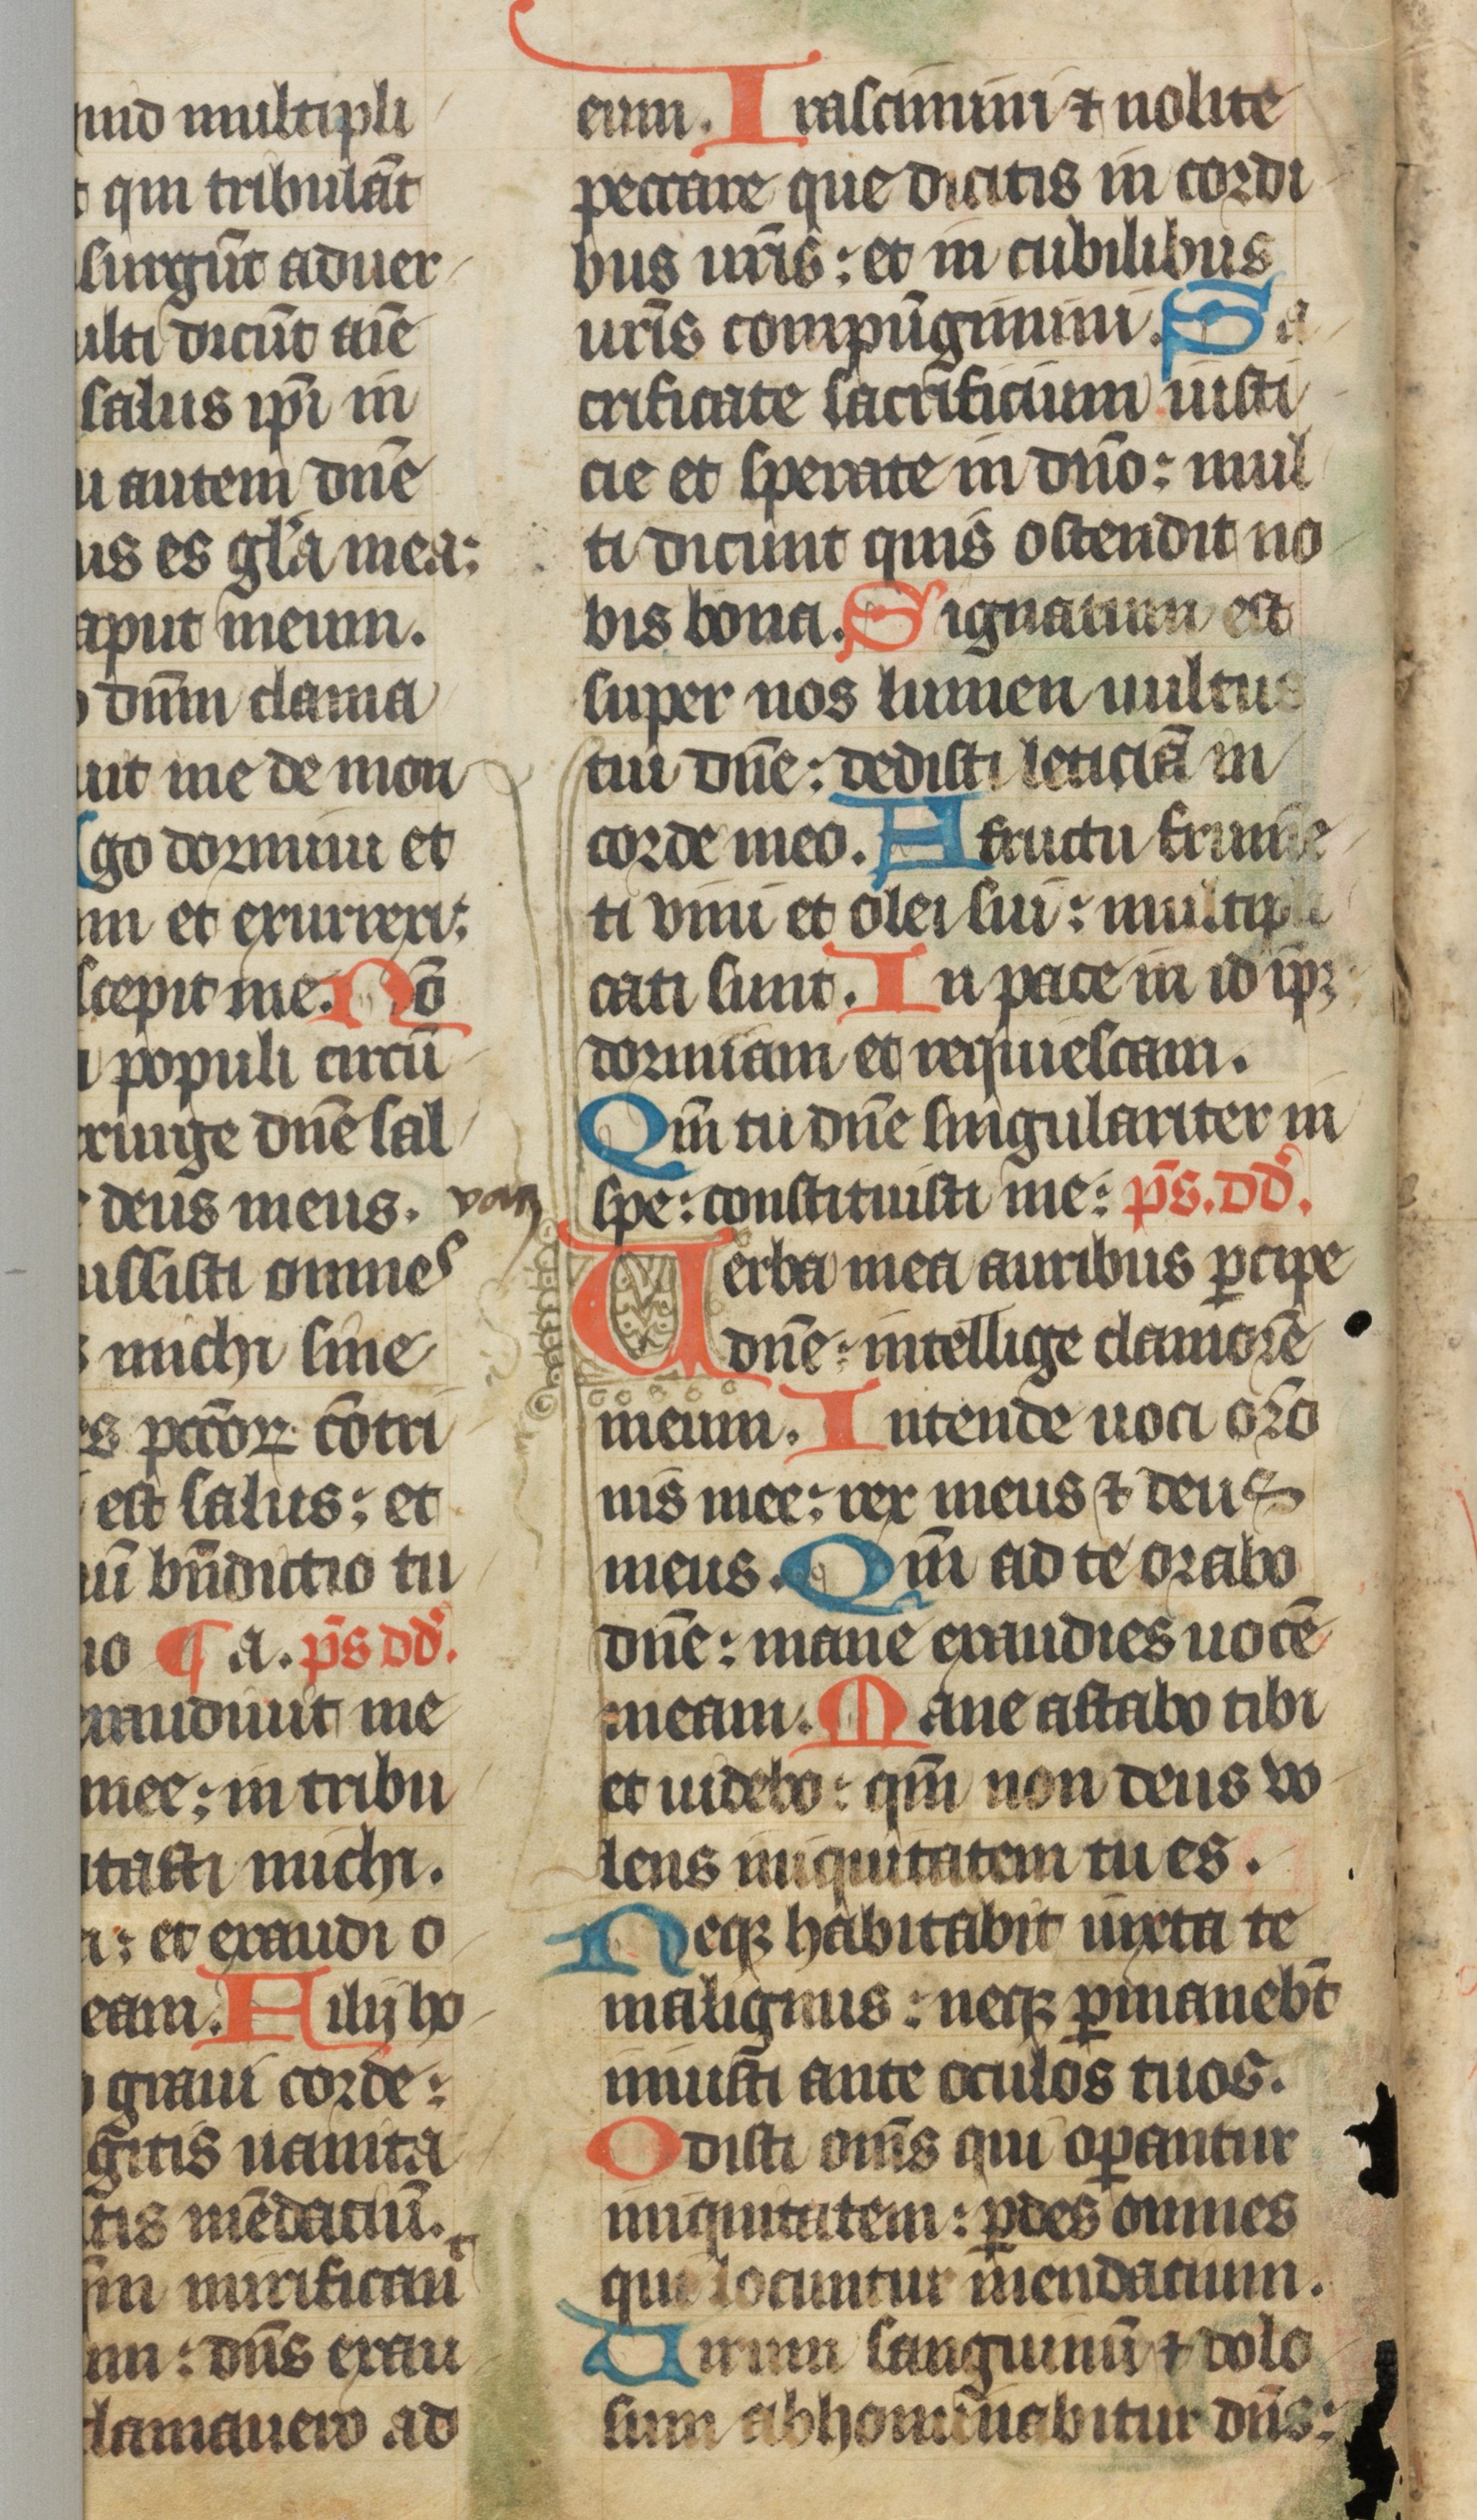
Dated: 1385–1415